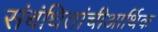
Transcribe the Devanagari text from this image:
संबंधितांचीआर्थिक